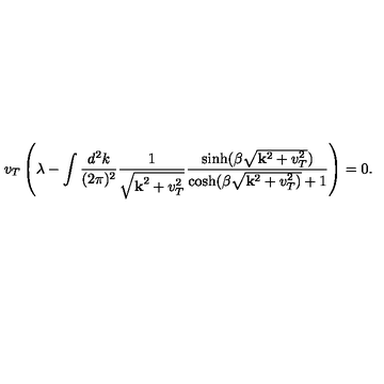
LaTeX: { v _ { T } } \left( \lambda - \int \frac { d ^ { 2 } k } { ( 2 \pi ) ^ { 2 } } \frac { 1 } { \sqrt { { \bf k } ^ { 2 } + v _ { T } ^ { 2 } } } \frac { \sinh ( \beta \sqrt { { \bf k } ^ { 2 } + v _ { T } ^ { 2 } } ) } { \cosh ( \beta \sqrt { { \bf k } ^ { 2 } + v _ { T } ^ { 2 } ) } + 1 } \right) = 0 .